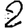
Digit: 2